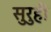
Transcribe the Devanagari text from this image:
सुरुही